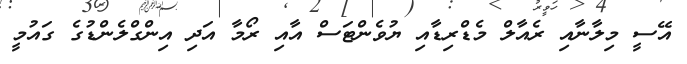
އޭސީ މިލާނާއި ރެއާލް މެޑްރިޑާއި ޔުވެންޓަސް އާއި ރޯމާ އަދި އިންގްލެންޑުގެ ގައުމީ